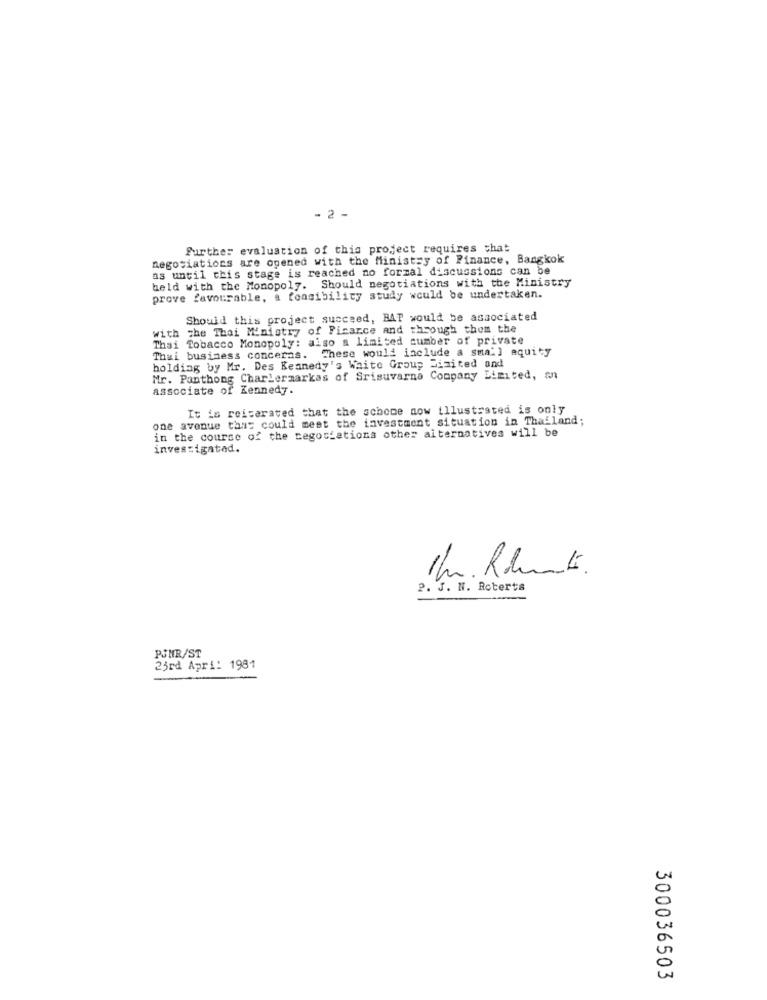
2 -
further evaluation of this project requires that
negotiations are opened with the Ministry of Finance, Bangkok
as until this stage is reached no formal discussions can be
held with the Monopoly. Should negotiations with the Ministry
prove favourable, a fonsibility study would be undertaken.
Should this project succeed, BAT would be associated
with the Thai Ministry of Finance and through them the
Thai Tobacco Monopoly: also a limited cumber of private
Thai business concerns. These would include a sma'] aquity
holding by Mr. Des Kennedy's White Group Disited and
Mr. Panthong Charlermarkas of Srisuvarna Company Limited, an
associate of Kennedy.
It is reiterated that the schone now illustrated is only
one avenue that could mest the investment situation in Thailand;
in the course of the negotiations other alternatives will be
investigated.
Ihr Rolunk.
2. J. N. Roberts
PJNR/ST
25rd Apri: 1981
300036503